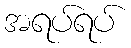
အရပ်ရပ်